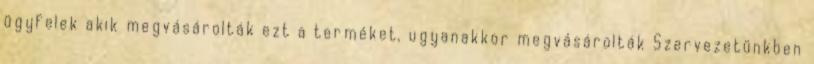
ügyfelek akik megvásárolták ezt a terméket, ugyanakkor megvásárolták Szervezetünkben